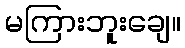
မကြားဘူးချေ။